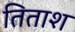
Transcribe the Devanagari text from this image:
तिताश